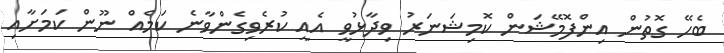
ބެހޭ ގޮތުން އިންފޮމޭޝަން ކޮމިޝަނަރު ވިދާޅުވީ އެއީ ކުރެވިގެންވާނެ ކަމެއް ނޫން ކަމަށާއި